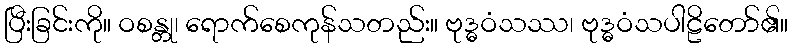
ပြီးခြင်းကို။ ဝစန္တု၊ ရောက်စေကုန်သတည်း။ ဗုဒ္ဓဝံသဿ၊ ဗုဒ္ဓဝံသပါဠိတော်၏။